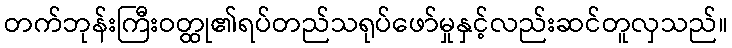
တက်ဘုန်းကြီးဝတ္ထု၏ရပ်တည်သရုပ်ဖော်မှုနှင့်လည်းဆင်တူလှသည်။